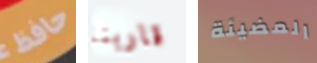
حافظ قاربنا المضيئة